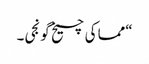
“مما کی چیخ گونجی۔